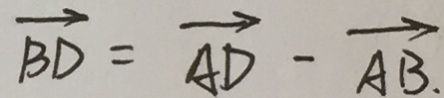
\overrightarrow { B D } = \overrightarrow { A D } - \overrightarrow { A B } .